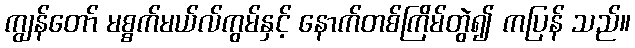
ကျွန်တော် မစ္စက်မယ်လ်ကွမ်နှင့် နောက်တစ်ကြိမ်တွဲ၍ ကပြန် သည်။